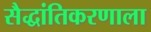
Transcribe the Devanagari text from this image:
सैद्धांतिकरणाला